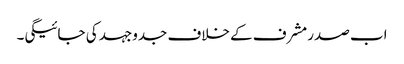
اب صدرمشرف کے خلاف جدوجہد کی جائیگی۔